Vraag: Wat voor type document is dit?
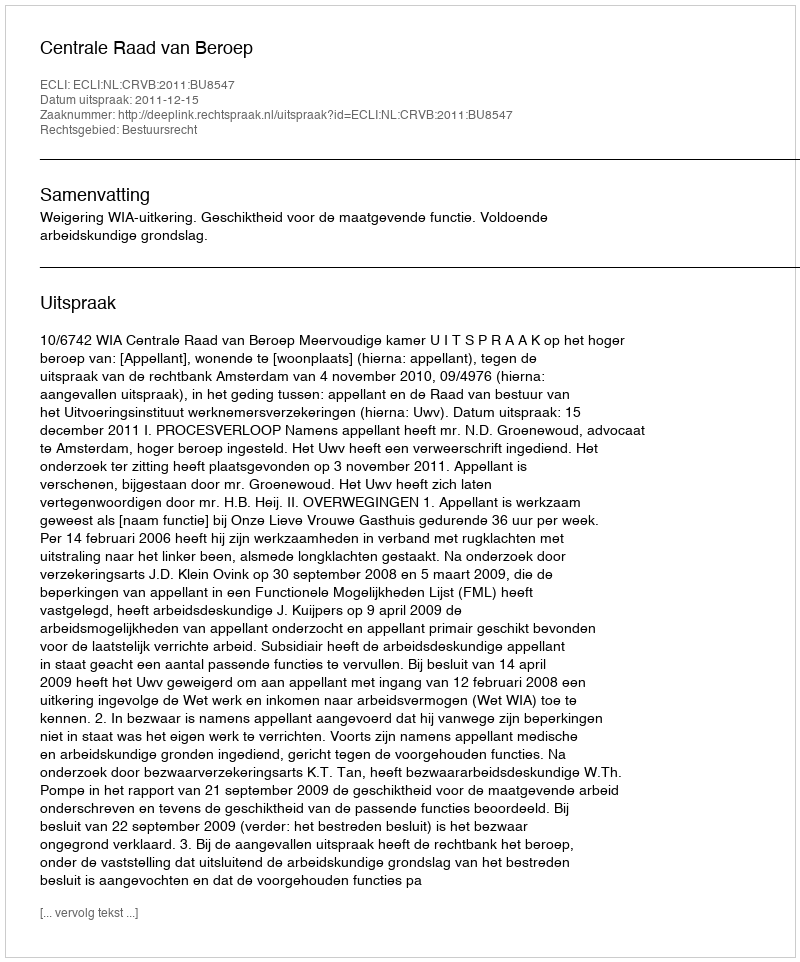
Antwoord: Uitspraak